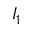
I _ { 1 }